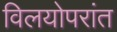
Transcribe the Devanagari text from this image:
विलयोपरांत